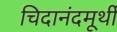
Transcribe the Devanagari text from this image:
चिदानंदमूर्थी